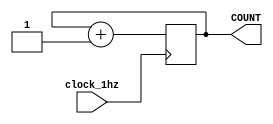
`timescale 1ns / 1ps
//////////////////////////////////////////////////////////////////////////////////
// Company: 
// Engineer: 
// 
// Design Name: 
// Module Name: counter
// Project Name: 
// Target Devices: 
// Tool Versions: 
// Description: 
// 
// Dependencies: 
// 
// Revision:
// Revision 0.01 - File Created
// Additional Comments:
// 
//////////////////////////////////////////////////////////////////////////////////


module counter (input clock_1hz, output reg [3:0] COUNT = 0);
    
    always @ (posedge clock_1hz) begin
        COUNT <= COUNT + 1;
    end
    
endmodule